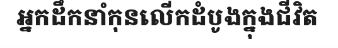
អ្នកដឹកនាំកុនលើកដំបូងក្នុងជីវិត